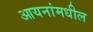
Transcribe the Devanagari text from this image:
आयनांमधील